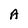
Character: A